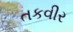
તકવીર